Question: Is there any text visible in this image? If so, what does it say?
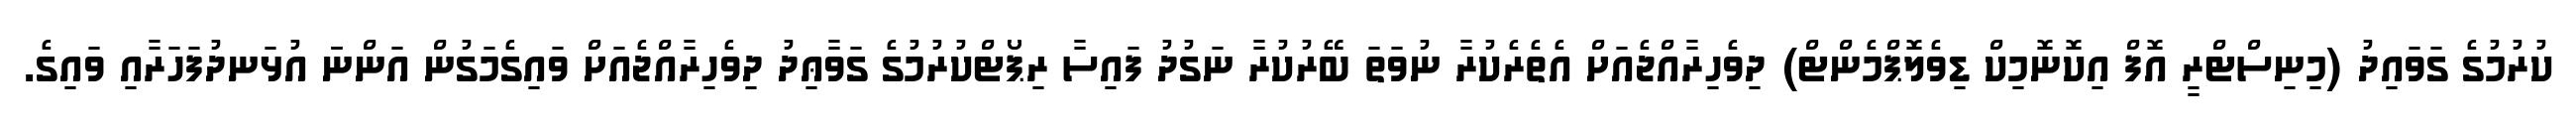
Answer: ކުރުމުގެ ގަވައިދު (މިނިސްޓްރީ އޮފް އިކޮނޮމިކް ޑިވެލޮޕްމެންޓް) ދިވެހިރާއްޖެއަށް އެތެރެކުރާ ނުވަތަ ބޭރުކުރާ ނަގުދު ފައިސާ ރިޕޯޓްކުރުމުގެ ގަވާޢިދު ދިވެހިރާއްޖެއަށް ވައިގެމަގުން އަންނަަ އުޅަނދުފަހަރާއި ވައިގެ.